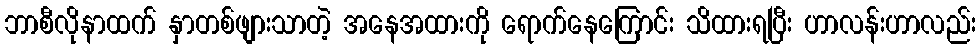
ဘာစီလိုနာထက် နှာတစ်ဖျားသာတဲ့ အနေအထားကို ရောက်နေကြောင်း သိထားရပြီး ဟာလန်းဟာလည်း